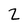
Character: Z